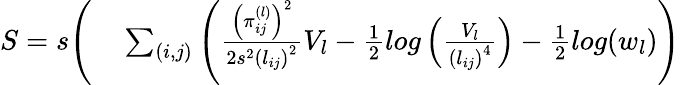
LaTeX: \begin{array}{rl}{S=s\Bigg(}&{{}\sum_{(i,j)}\left(\frac{\left(\pi_{ij}^{(l)}\right)^{2}}{2s^{2}\left(l_{ij}\right)^{2}}V_{l}-\frac{1}{2}log\left(\frac{V_{l}}{\left(l_{ij}\right)^{4}}\right)-\frac{1}{2}log(w_{l})\right)}\end{array}